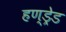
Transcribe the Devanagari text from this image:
हण्ड्रेड